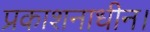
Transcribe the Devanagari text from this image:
प्रकाशनाधीन।